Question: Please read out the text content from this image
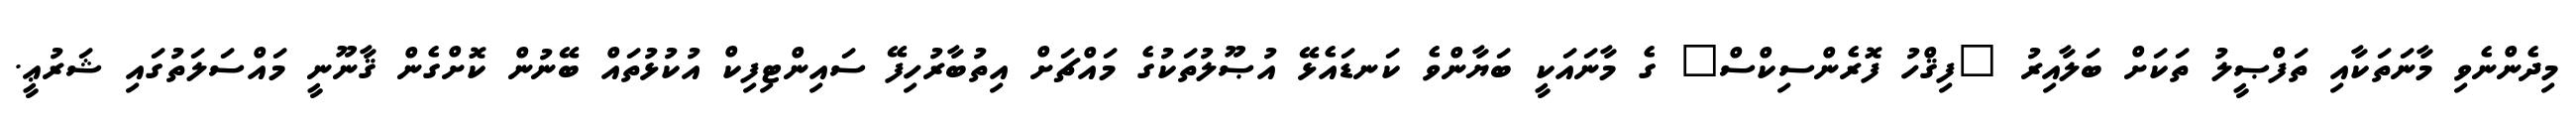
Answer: މިދެންނެވި މާނަތަކާއި ތަފްޞީލު ތަކަށް ބަލާއިރު "ފިޤްހު ފޮރެންސިކްސް" ގެ މާނައަކީ ބަޔާންވެ ކަނޑައެޅޭ އުޞޫލުތަކުގެ މައްޗަށް އިތުބާރުހިފޭ ސައިންޓިފިކް އުކުޅުތައް ބޭނުން ކޮށްގެން ޤާނޫނީ މައްސަލަތުގައި ޝަރުޢީ.